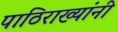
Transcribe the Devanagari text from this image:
पाठिराख्यांनी